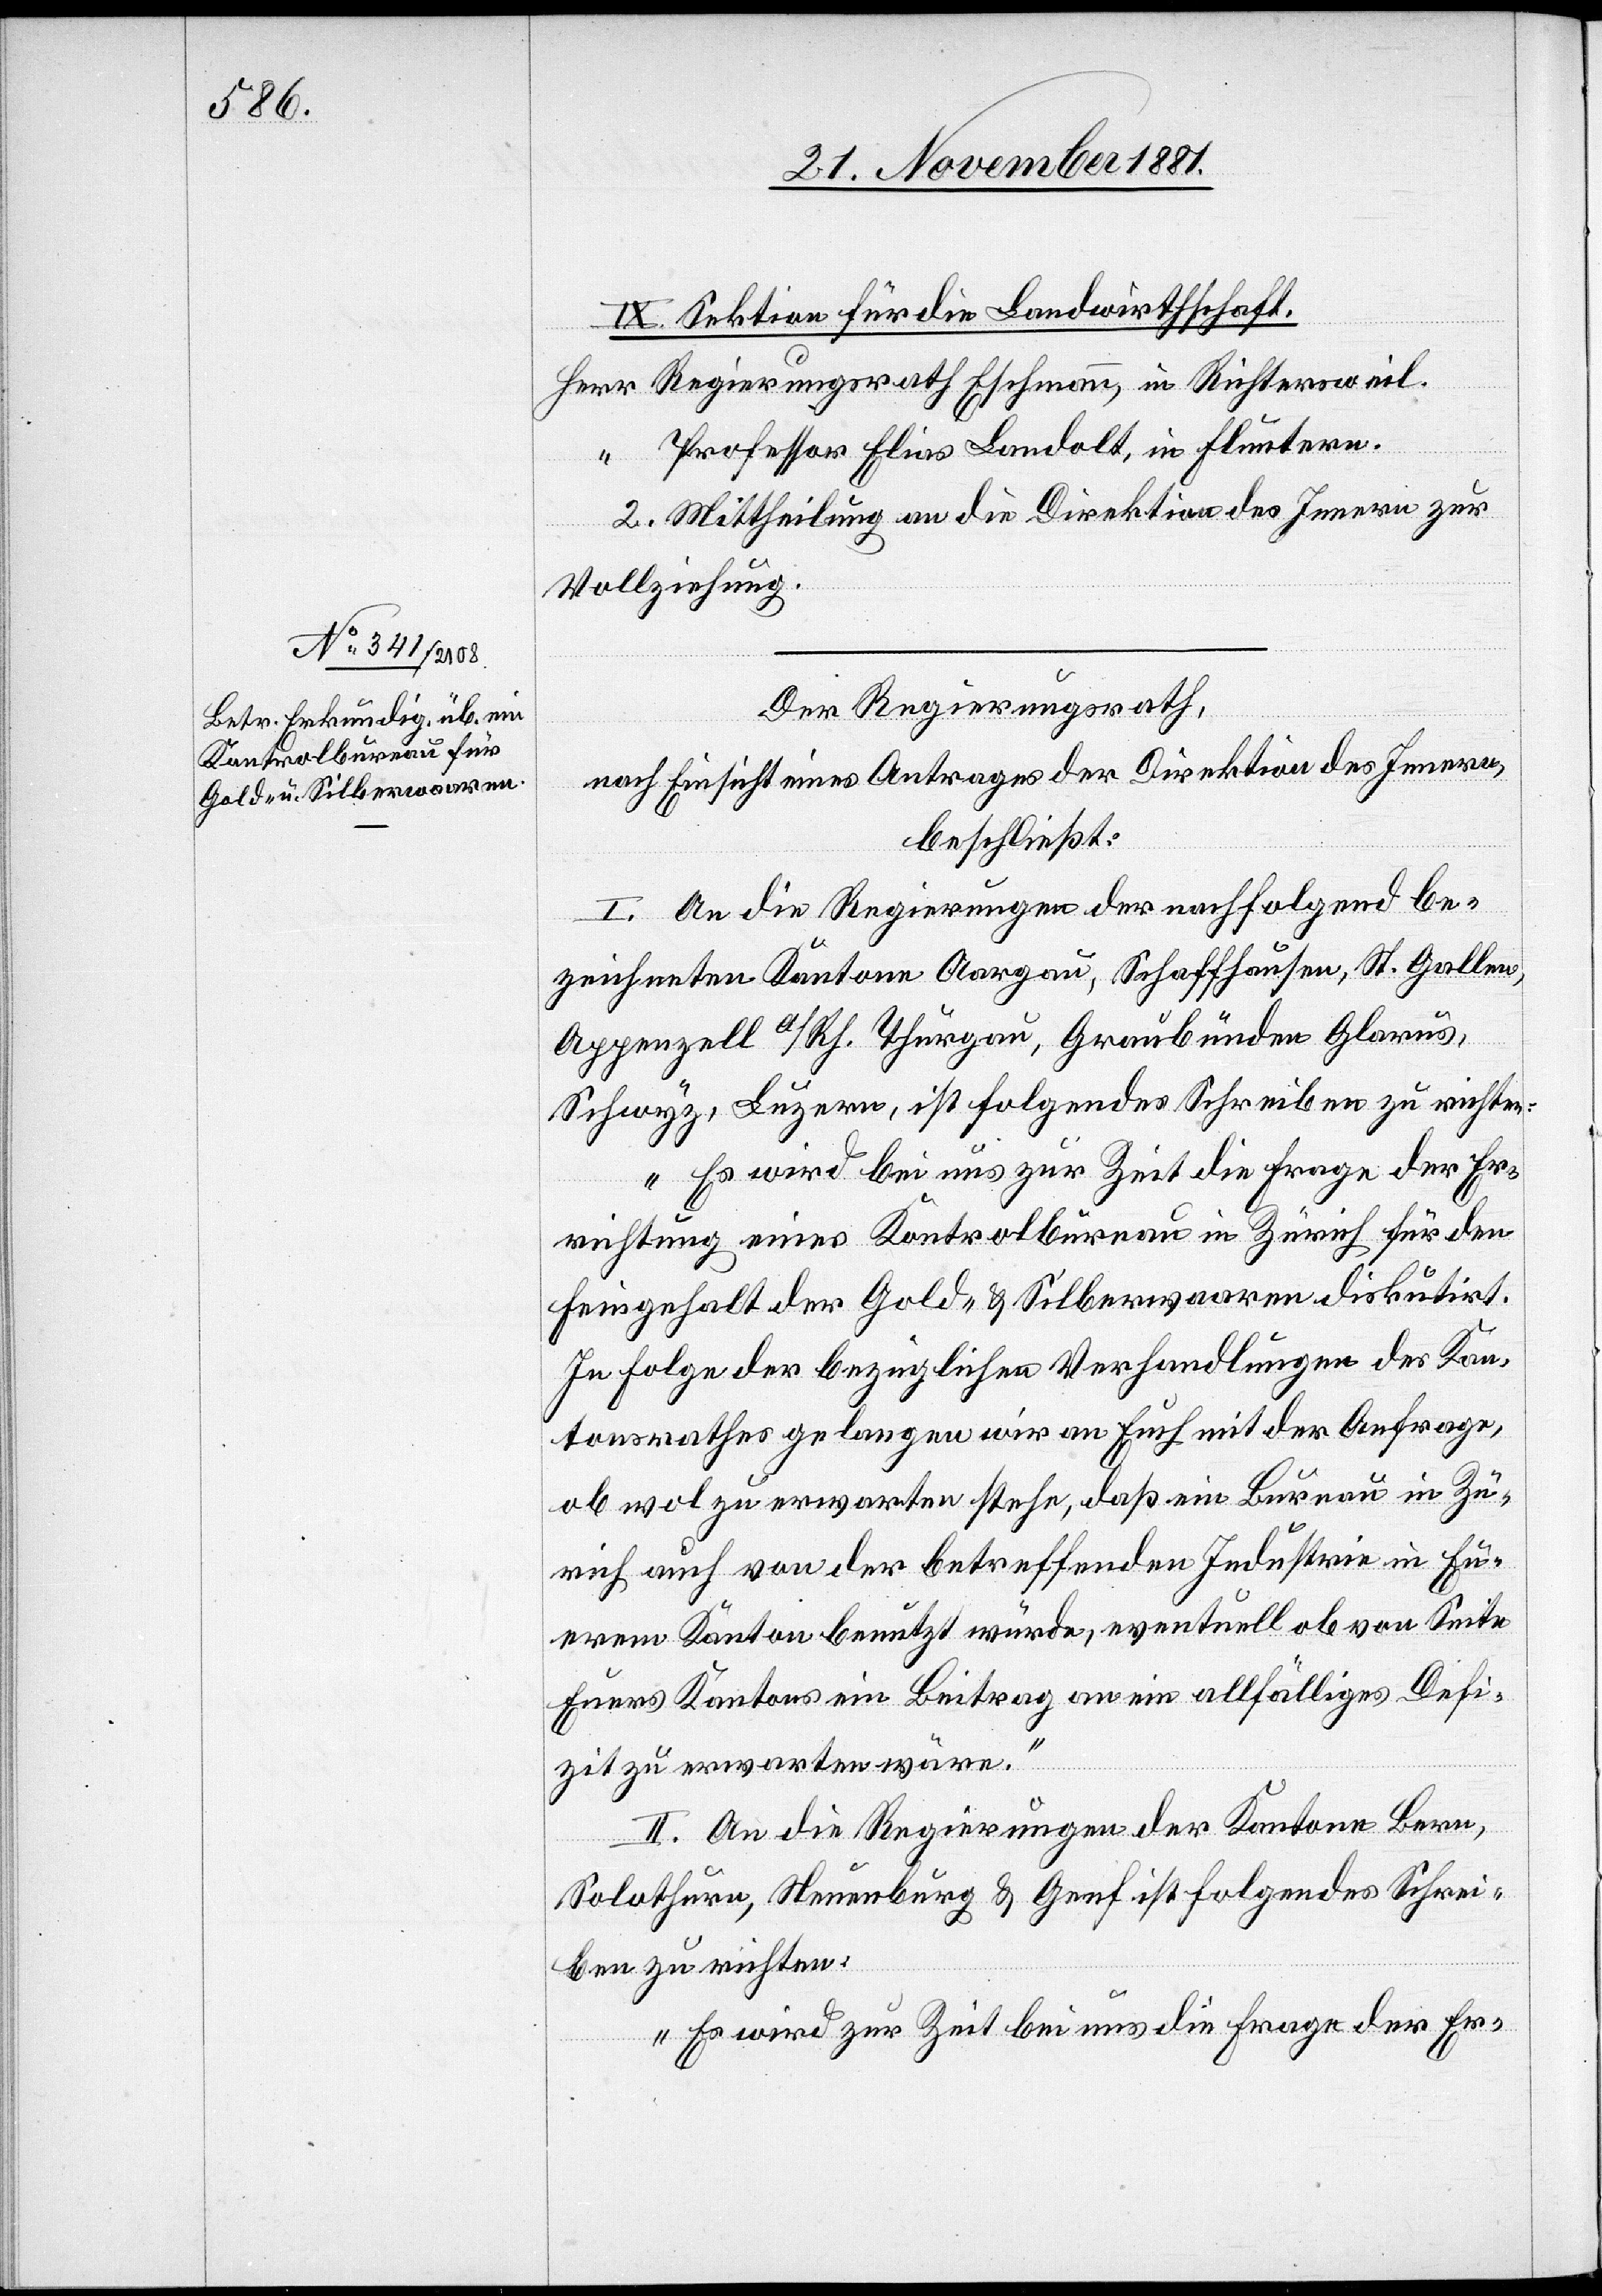
22. November 1881.]
IX. Sektion für die Landwirthschaft.
Herr Regierungsrath Eschmann, in Richtersweil.
“ Professor Elias Landolt, in Fluntern.
2. Mittheilung an die Direktion des Innern zur
Vollziehung.
Der Regierungsrath,
nach Einsicht eines Antrages der Direktion des Innern,
beschließt:
I. An die Regierungen der nachfolgend be¬
zeichneten Kantone Aargau, Schaffhausen, St. Gallen,
Appenzell a/Rh.[,] Thurgau, Graubünden[,] Glarus,
Schwyz, Luzern, ist folgendes Schreiben zu richten:
„Es wird bei uns zur Zeit die Frage der Er¬
richtung eines Kontrolbureau in Zürich für den
Feingehalt der Gold- & Silberwaaren diskutirt.
In Folge der bezüglichen Verhandlungen des Kan¬
tonsrathes gelangen wir an Euch mit der Anfrage,
ob wol zu erwarten stehe, daß ein Bureau in Zü¬
rich auch von der betreffenden Industrie in Eu¬
erem Kanton benutzt würde, eventuell ob von Seite
Euers Kantons ein Beitrag an ein allfälliges Defi¬
zit zu erwarten wäre.“
II. An die Regierungen der Kantone Bern,
Solothurn, Neuenburg & Genf ist folgendes Schrei¬
ben zu richten:
„Es wird zur Zeit bei uns die Frage der Er-